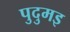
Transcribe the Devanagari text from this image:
पुदुमइ